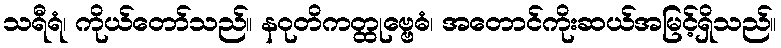
သရီရံ၊ ကိုယ်တော်သည်။ နဝုတိကတ္ထုဗ္ဗေဓံ၊ အတောင်ကိုးဆယ်အမြင့်ရှိသည်။